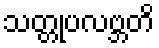
သတ္တုပလဗ္ဘတိ